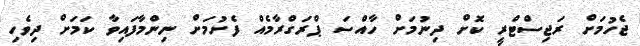
ޖެހުމަށް ރަޖިސްޓްރީ ކޮށް ދިނުމަށް ހާއްސަ ޕްރަގްރާމެއް ފެށުމަށް ނިންމާފައިވާ ކަަމަށް ދިވެހި